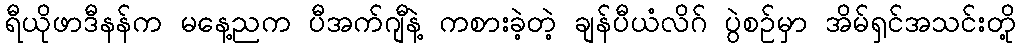
ရီယိုဖာဒီနန်က မနေ့ညက ပီအက်ဂျီနဲ့ ကစားခဲ့တဲ့ ချန်ပီယံလိဂ် ပွဲစဉ်မှာ အိမ်ရှင်အသင်းတို့